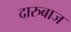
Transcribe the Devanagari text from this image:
दारुबाज